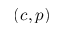
( c , p )